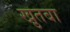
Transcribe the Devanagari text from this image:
खु़तबा